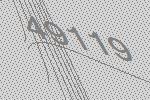
49119